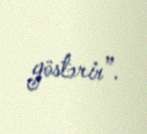
göstərir”.